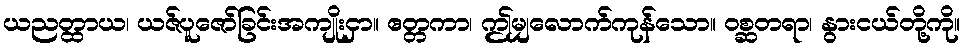
ယညတ္ထာယ၊ ယဇ်ပူဇော်ခြင်းအကျိုးငှာ။ ဧတ္တကာ၊ ဤမျှလောက်ကုန်သော။ ဝစ္ဆတရာ၊ နွားငယ်တို့ကို။